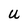
Character: u